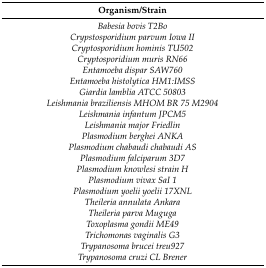
| Organism/Strain |
 | --- |
 | Babesia bovis T2Bo |
 | Crypstosporidium parvum Iowa II |
 | Cryptosporidium hominis TU502 |
 | Cryptosporidium muris RN66 |
 | Entamoeba dispar SAW760 |
 | Entamoeba histolytica HM1:IMSS |
 | Giardia lamblia ATCC 50803 |
 | Leishmania braziliensis MHOM BR 75 M2904 |
 | Leishmania infantum JPCM5 |
 | Leishmania major Friedlin |
 | Plasmodium berghei ANKA |
 | Plasmodium chabaudi chabaudi AS |
 | Plasmodium falciparum 3D7 |
 | Plasmodium knowlesi strain H |
 | Plasmodium vivax SaI 1 |
 | Plasmodium yoelii yoelii 17XNL |
 | Theileria annulata Ankara |
 | Theileria parva Muguga |
 | Toxoplasma gondii ME49 |
 | Trichomonas vaginalis G3 |
 | Trypanosoma brucei treu927 |
 | Trypanosoma cruzi CL Brener |